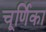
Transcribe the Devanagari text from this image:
चूर्णिका